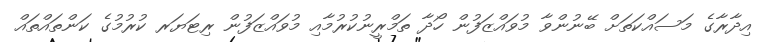
އިދާރާގެ މަސައްކަތަށް ބޭނުންވާ މުވައްޒަފުން ހޯދާ ތަމްރީނުކުރުމާއި މުވައްޒަފުން ރިޓަޔަރ ކުރުމުގެ ކަންތައްތައް